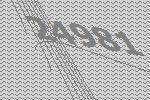
24981